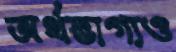
অর্থভাগ্যও